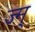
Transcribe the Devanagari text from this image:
ज्म्